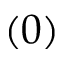
( 0 )